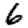
Digit: 6